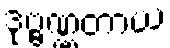
ဒုဗ္ဗဏ္ဏတာယ